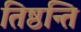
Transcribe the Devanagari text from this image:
तिष्ठन्ति